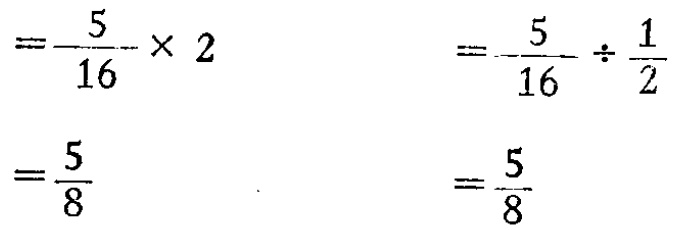
\[

\begin{align*}

&=\frac{5}{16} \times 2\\

&=\frac{5}{8}\\

\end{align*}

\]

\[

\begin{align*}

&=\frac{5}{16} \div \frac{1}{2}\\

&=\frac{5}{8}\\

\end{align*}

\]